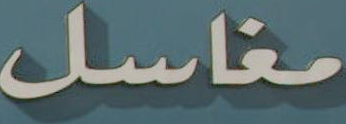
مغاسل